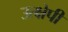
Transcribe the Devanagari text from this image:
उत्क्षेपी